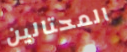
المحتالين